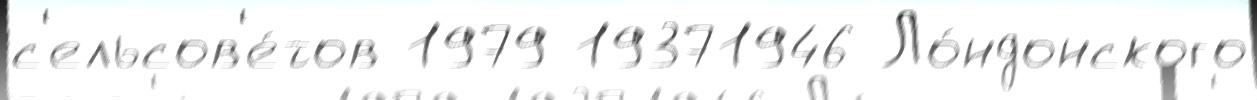
с'ельсов'е́тов 1979 19371946 Ло́ндонского